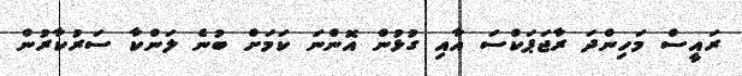
ރައީސް މަހިންދަ ރާޖަޕަކްސަ އާއި ގުޅުން އޮންނަ ކަމަށް ބުނެ ލަންކާ ސަރުކާރުން